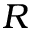
\boldsymbol R